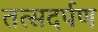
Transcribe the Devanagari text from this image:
तत्सदर्पण